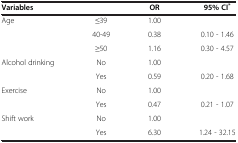
| Variables |  | OR | 95% CI* |
 | --- | --- | --- | --- |
 | Age | ≤39 | 1.00 |  |
 |  | 40-49 | 0.38 | 0.10 - 1.46 |
 |  | ≥50 | 1.16 | 0.30 - 4.57 |
 | Alcohol drinking | No | 1.00 |  |
 |  | Yes | 0.59 | 0.20 - 1.68 |
 | Exercise | No | 1.00 |  |
 |  | Yes | 0.47 | 0.21 - 1.07 |
 | Shift work | No | 1.00 |  |
 |  | Yes | 6.30 | 1.24 - 32.15 |